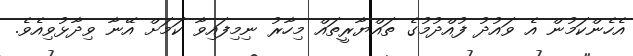
އެހެންކަމުން އެ ވައުދު ފުއްދުމުގެ ތައްޔާރީތައް މިހާރު ނިމިފައިވާ ކަމަށް އޭނާ ވިދާޅުވިއެވެ.